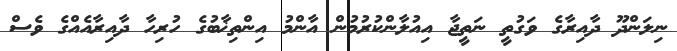
ނިލަންދޫ ދާއިރާގެ ވަގުތީ ނަތީޖާ އިއުލާންކުރުމުން އާންމު އިންތިޚާބުގެ ހުރިހާ ދާއިރާއެއްގެ ވެސް